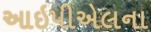
આઇપીએલના